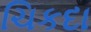
ચિકદા